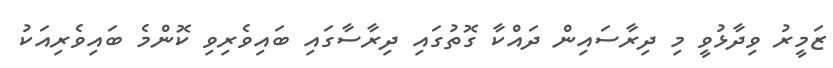
ޒަމީރު ވިދާޅުވީ މި ދިރާސައިން ދައްކާ ގޮތުގައި ދިރާސާގައި ބައިވެރިވި ކޮންމެ ބައިވެރިއަކު